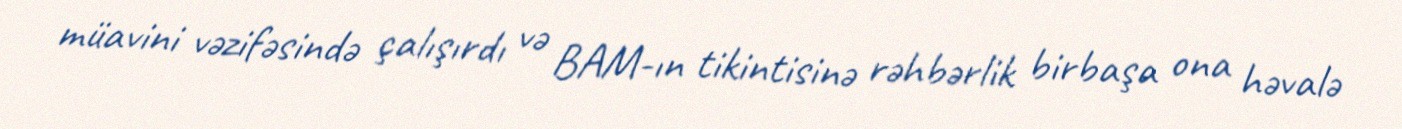
müavini vəzifəsində çalışırdı və BAM-ın tikintisinə rəhbərlik birbaşa ona həvalə